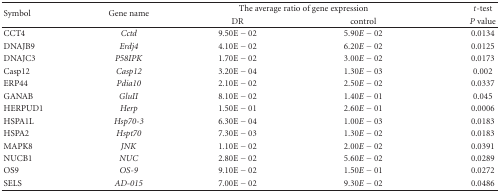
<table><thead><tr><td rowspan="2"><b>Symbol</b></td><td rowspan="2"><b>Gene name</b></td><td colspan="2"><b>The average ratio of gene expression</b></td><td><b><i>t</i>-test</b></td></tr><tr><td><b>DR</b></td><td><b>control</b></td><td><b><i>P</i> value</b></td></tr></thead><tbody><tr><td>CCT4</td><td><i>Cctd</i></td><td>9.50E − 02</td><td>5.90<i>E</i> − 02</td><td>0.0134</td></tr><tr><td>DNAJB9</td><td><i>Erdj4</i></td><td>4.10E − 02</td><td>6.20<i>E</i> − 02</td><td>0.0125</td></tr><tr><td>DNAJC3</td><td><i>P58IPK</i></td><td>1.70E − 02</td><td>3.00<i>E</i> − 02</td><td>0.0173</td></tr><tr><td>Casp12</td><td><i>Casp12</i></td><td>3.20E − 04</td><td>1.30<i>E</i> − 03</td><td>0.002</td></tr><tr><td>ERP44</td><td><i>Pdia10</i></td><td>2.10E − 02</td><td>2.50<i>E</i> − 02</td><td>0.0337</td></tr><tr><td>GANAB</td><td><i>GluII</i></td><td>8.10E − 02</td><td>1.40<i>E</i> − 01</td><td>0.045</td></tr><tr><td>HERPUD1</td><td><i>Herp</i></td><td>1.50E − 01</td><td>2.60<i>E</i> − 01</td><td>0.0006</td></tr><tr><td>HSPA1L</td><td><i>Hsp70-3</i></td><td>6.30E − 04</td><td>1.00<i>E</i> − 03</td><td>0.0183</td></tr><tr><td>HSPA2</td><td><i>Hspt70</i></td><td>7.30E − 03</td><td>1.30<i>E</i> − 02</td><td>0.0183</td></tr><tr><td>MAPK8</td><td><i>JNK</i></td><td>1.10E − 02</td><td>2.00<i>E</i> − 02</td><td>0.0391</td></tr><tr><td>NUCB1</td><td><i>NUC</i></td><td>2.80E − 02</td><td>5.60<i>E</i> − 02</td><td>0.0289</td></tr><tr><td>OS9</td><td><i>OS-9</i></td><td>9.10E − 02</td><td>1.50<i>E</i> − 01</td><td>0.0272</td></tr><tr><td>SELS</td><td><i>AD-015</i></td><td>7.00E − 02</td><td>9.30<i>E</i> − 02</td><td>0.0486</td></tr></tbody></table>